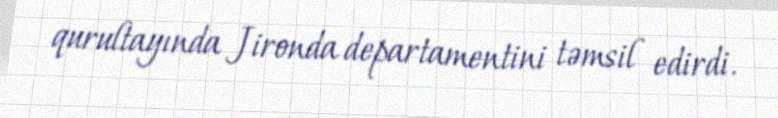
qurultayında Jironda departamentini təmsil edirdi.